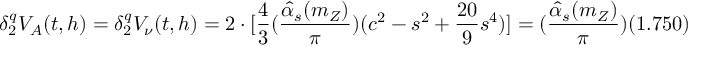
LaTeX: \delta _ { 2 } ^ { q } V _ { A } ( t , h ) = \delta _ { 2 } ^ { q } V _ { \nu } ( t , h ) = 2 \cdot [ \frac { 4 } { 3 } ( \frac { \hat { \alpha } _ { s } ( m _ { Z } ) } { \pi } ) ( c ^ { 2 } - s ^ { 2 } + \frac { 2 0 } { 9 } s ^ { 4 } ) ] = ( \frac { \hat { \alpha } _ { s } ( m _ { Z } ) } { \pi } ) ( 1 . 7 5 0 )